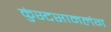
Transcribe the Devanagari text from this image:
कुंस्टसामलंग